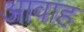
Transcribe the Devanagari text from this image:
आवाह